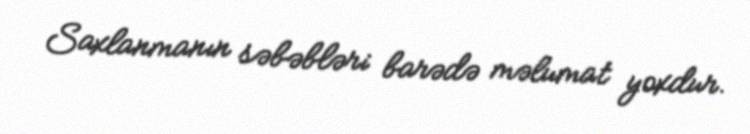
Saxlanmanın səbəbləri barədə məlumat yoxdur.